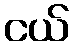
ငယ်